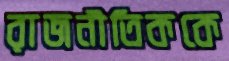
রাজনীতিককে